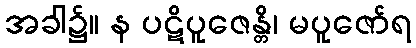
အခါ၌။ န ပဋိပူဇေန္တိ၊ မပူဇော်ရ